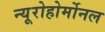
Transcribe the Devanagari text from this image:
न्यूरोहोर्मोनल